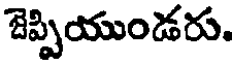
జెప్పియుండరు.